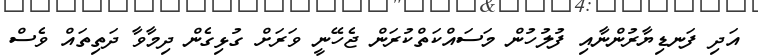
އަދި ފަނޑިޔާރުންނާއި ފުލުހުން މަސައްކަތްކުރަން ޖެހޭނީ ވަރަށް ގުޅިގެން ދިމާވާ ދަތިތައް ވެސް